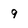
Character: 9